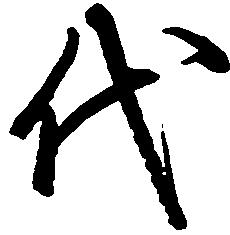
代